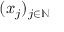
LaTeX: ( x _ { j } ) _ { j \in \mathbb { N } }